King Institute of Preventive Medicine Micro-Biological Section reports 1909-11
Year: 1909
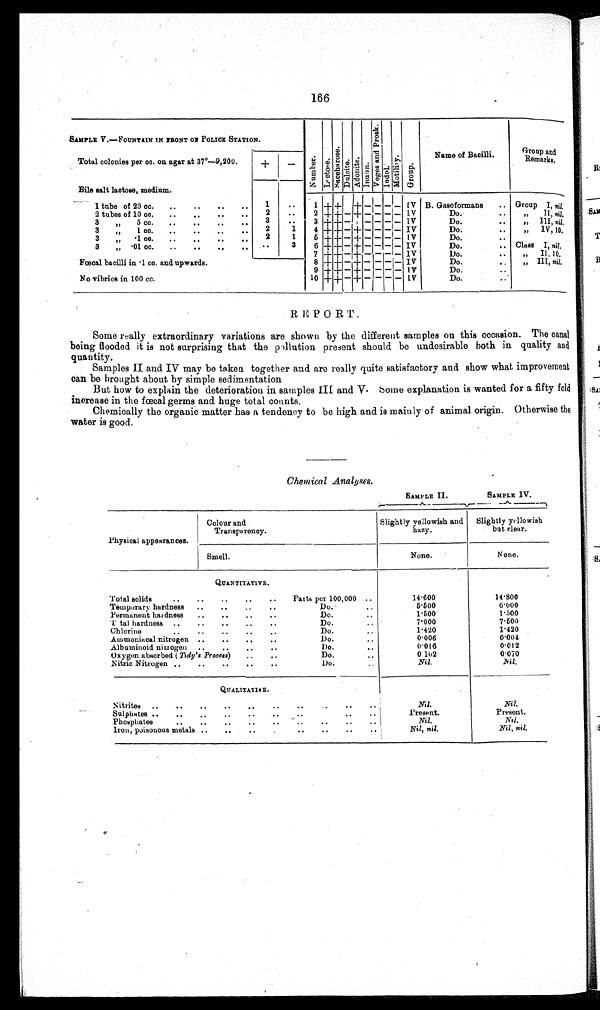
166
SAMPLE V.—FOUNTAIN IN FRONT OF POLICE STATION.
Numbe r . Lo c t o s e .
S a c e h a r o s e .
Du l c i t e . Ad o n i t e .
Inul i n.
Vo g e s a n d P r o s k .
Indel .
Mot i l i r y.
Group.
Name of Bacilli.
Group and
Remarks.
Total colonies per cc. on agar at 37º—9,200.
+
-
Bile salt lactose, medium.
1
..
1 tube of 20 cc.
..
..
..
1 + +
-
+ - - - -
IV B. Gasoformans
.. Group I, nil.
2 tubes of 10 cc.
..
..
..
. .
2
..
2 + + - + - - - - IV
Do.
..
,,
II, nil.
3
"
5 cc.
..
..
.. ..
3
..
3 + + - + - - - - IV
Do.
..
" III, nil.
3 "
1 cc.
..
..
..
2
1
4 + + - + - - - - IV
Do.
..
„
IV, 10.
3
„
-1 cc.
..
..
..
2
1
5 + + - + - - - - IV
Do.
..
3 "
01 cc. . . . . . . . .
..
3
6 + + - + - - - - IV
Do.
.. Class I, nil.
Fœcal bacilli in .1 cc. and upwards.
No vibrios in. 100 cc.
7 + + - + - - - - IV
Do.
..
„
II, 10.
8 + + - + - - - - IV
Do.
..
» III, nil.
9 + + - + - - - - IV
Do. ..
10 + + - +
- - -
-
IV
Do.
..-
REPORT.
Some really extraordinary variations are shown by the different samples on this occasion. The canal
being flooded it is not surprising that the poliution present should be undesirable both in quality and
quantity.
Samples II and IV may be taken together and are really quite satisfactory and show what improvement
can be brought about by simple sedimentation
But how to explain the deterioration in samples III and V. Some explanation is wanted for a fifty fold
increase in the final germs and huge total counts.
Chemically the organic matter has a tendency to be high and is mainly of animal origin. Otherwise the
water is good.
Chemical Analyses.
SAMPLE II.
SAMPLE IV.
Physical appearances.
Colour and
Transparency.
Slightly Yellowish and
hazy.
Slightly yellowish
but clear.
Smell.
None.
None.
QUANTITATIVE.
Total solids
..
..
..
..
..
Parts per 100,000 ..
14.600
14.800
Temporary hardness
..
..
..
..
Do. ..
5.500
6.000
Permanent hardness
..
..
..
..
Do. .. 1.500
1.500
Total hardness ..
..
..
..
..
Do. .. 7.000
7.500
Chlorine ..
..
..
..
..
Do. . .
1.420
1.420
Ammoniacal nitrogen ..
..
..
..
Do.
..
0.006
0.004
Albuminoid nitrogen ..
..
..
..
Do. ..
0.016
0.012
Oxygen absorbed ( Tidy' s Process)
..
..
Do. ..
102
0.070
Nitric Nitrogen ..
..
..
..
..
Do. ..
Nil.
Nil.
QUALITATIVE.
Nitrites ..
..
..
..
..
..
..
..
Nil.
Nil.
Sulphates ..
..
..
..
..
..
..
Present.
Present.
Phosphates
..
..
..
..
..
..
..
..
Nil.
Nil.
Iron, poisonous metals ..
..
..
..
. . . . . .
Nil, nil.
Nil, nil.